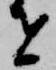
者